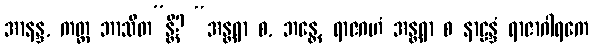
အာနန္ဒ, ကတ္ထ ဘာသိတ”န္တိ? “အန္တရာ စ, ဘန္တေ, ရာဇဂဟံ အန္တရာ စ နာဠန္ဒံ ရာဇာဂါရကေ